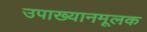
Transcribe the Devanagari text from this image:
उपाख्यानमूलक